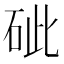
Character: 䂣